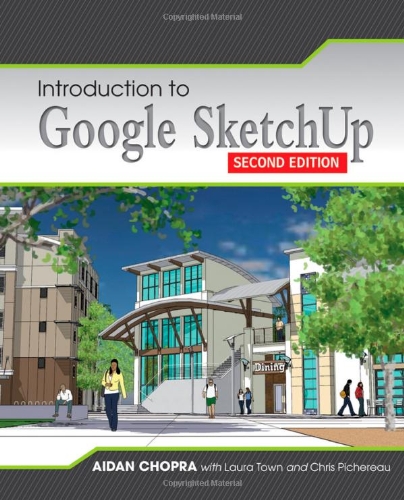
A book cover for Introduction to Google SketchUp; Aidan Chopra; Computers & Technology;